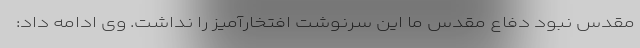
مقدس نبود دفاع مقدس ما این سرنوشت افتخارآمیز را نداشت. وی ادامه داد: